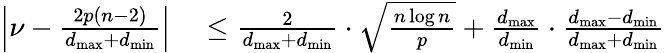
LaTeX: \begin{array}{rl}{\left|\nu-\frac{2p(n-2)}{d_{\operatorname*{max}}+d_{\operatorname*{min}}}\right|}&{{}\leq\frac{2}{d_{\operatorname*{max}}+d_{\operatorname*{min}}}\cdot\sqrt{\frac{n\log n}{p}}+\frac{d_{\operatorname*{max}}}{d_{\operatorname*{min}}}\cdot\frac{d_{\operatorname*{max}}-d_{\operatorname*{min}}}{d_{\operatorname*{max}}+d_{\operatorname*{min}}}}\end{array}